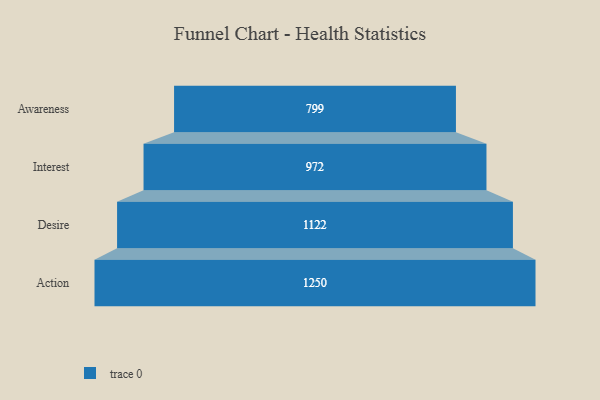
{"axis": {"x": "Stage", "y": "Value"}, "legend": [""], "data": [{"x": "Awareness", "y": 799.0, "type": ""}, {"x": "Interest", "y": 972.0, "type": ""}, {"x": "Desire", "y": 1122.0, "type": ""}, {"x": "Action", "y": 1250.0, "type": ""}]}